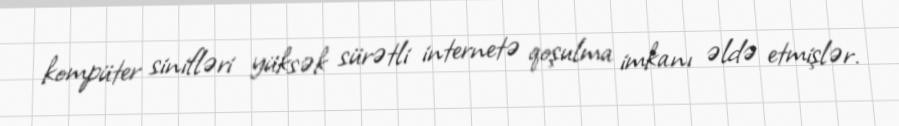
kompüter sinifləri yüksək sürətli internetə qoşulma imkanı əldə etmişlər.